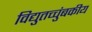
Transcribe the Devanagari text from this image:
विद्युतच्चुंबकीय